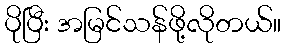
ပိုပြီး အမြင်သန်ဖို့လိုတယ်။